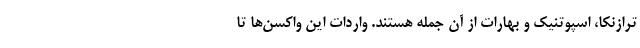
ترازنکا، اسپوتنیک و بهارات از آن جمله هستند. واردات این واکسن‌ها تا